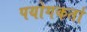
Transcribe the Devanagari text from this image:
पयोगकर्ता